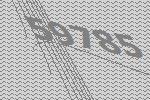
59785